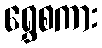
ရွှေစကား